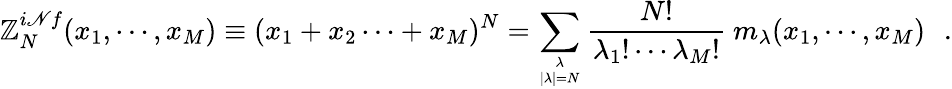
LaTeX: \mathbb{Z}_{N}^{i\mathscr{N}f}(x_{1},\cdots,x_{M})\equiv(x_{1}+x_{2}\cdots+x_{M})^{N}=\sum_{\lambda\atop{|\lambda|=N}}{\frac{{N!}}{{\lambda_{1}!\cdots\lambda_{M}!}}}~m_{\lambda}(x_{1},\cdots,x_{M})\, \, \, \, .